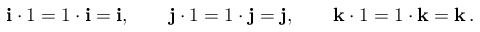
\mathbf { i } \cdot 1 = 1 \cdot \mathbf { i } = \mathbf { i } , \qquad \mathbf { j } \cdot 1 = 1 \cdot \mathbf { j } = \mathbf { j } , \qquad \mathbf { k } \cdot 1 = 1 \cdot \mathbf { k } = \mathbf { k } \, .